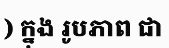
) ក្នុង រូបភាព ជា